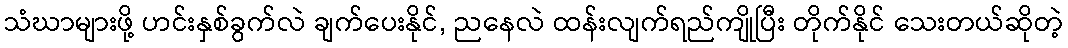
သံဃာများဖို့ ဟင်းနှစ်ခွက်လဲ ချက်ပေးနိုင်, ညနေလဲ ထန်းလျက်ရည်ကျိုပြီး တိုက်နိုင် သေးတယ်ဆိုတဲ့